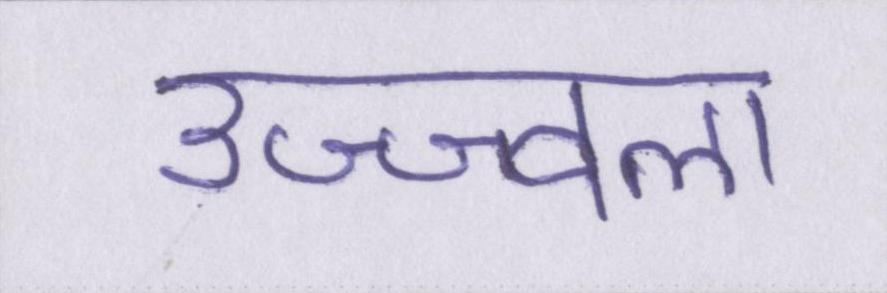
उज्ज्वला